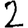
Digit: 2